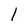
Character: l